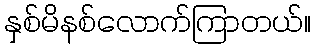
နှစ်မိနစ်လောက်ကြာတယ်။